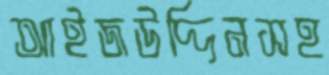
আইজউদ্দিনসহ